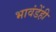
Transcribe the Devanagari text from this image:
भावंडेंही